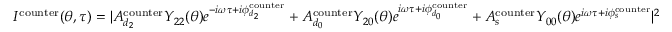
\begin{array} { r } { I ^ { \mathrm { { c o u n t e r } } } ( \theta , \tau ) = | A _ { d _ { 2 } } ^ { \mathrm { c o u n t e r } } Y _ { 2 2 } ( \theta ) e ^ { - i \omega \tau + i \phi _ { d _ { 2 } } ^ { \mathrm { { c o u n t e r } } } } + A _ { d _ { 0 } } ^ { \mathrm { c o u n t e r } } Y _ { 2 0 } ( \theta ) e ^ { i \omega \tau + i \phi _ { d _ { 0 } } ^ { \mathrm { { c o u n t e r } } } } + A _ { s } ^ { \mathrm { c o u n t e r } } Y _ { 0 0 } ( \theta ) e ^ { i \omega \tau + i \phi _ { s } ^ { \mathrm { { c o u n t e r } } } } | ^ { 2 } } \end{array}